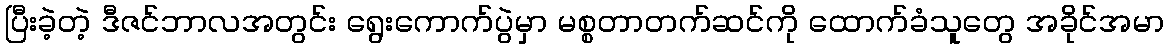
ပြီးခဲ့တဲ့ ဒီဇင်ဘာလအတွင်း ရွေးကောက်ပွဲမှာ မစ္စတာတက်ဆင်ကို ထောက်ခံသူတွေ အခိုင်အမာ